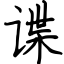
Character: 谍